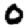
Digit: 0